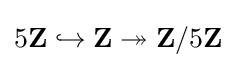
5\mathbf {Z} \hookrightarrow \mathbf {Z} \twoheadrightarrow \mathbf {Z} /5\mathbf {Z}